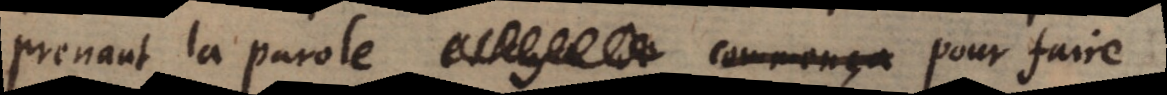
prenant la parole pour faire